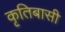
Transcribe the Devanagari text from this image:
कृतिबासी